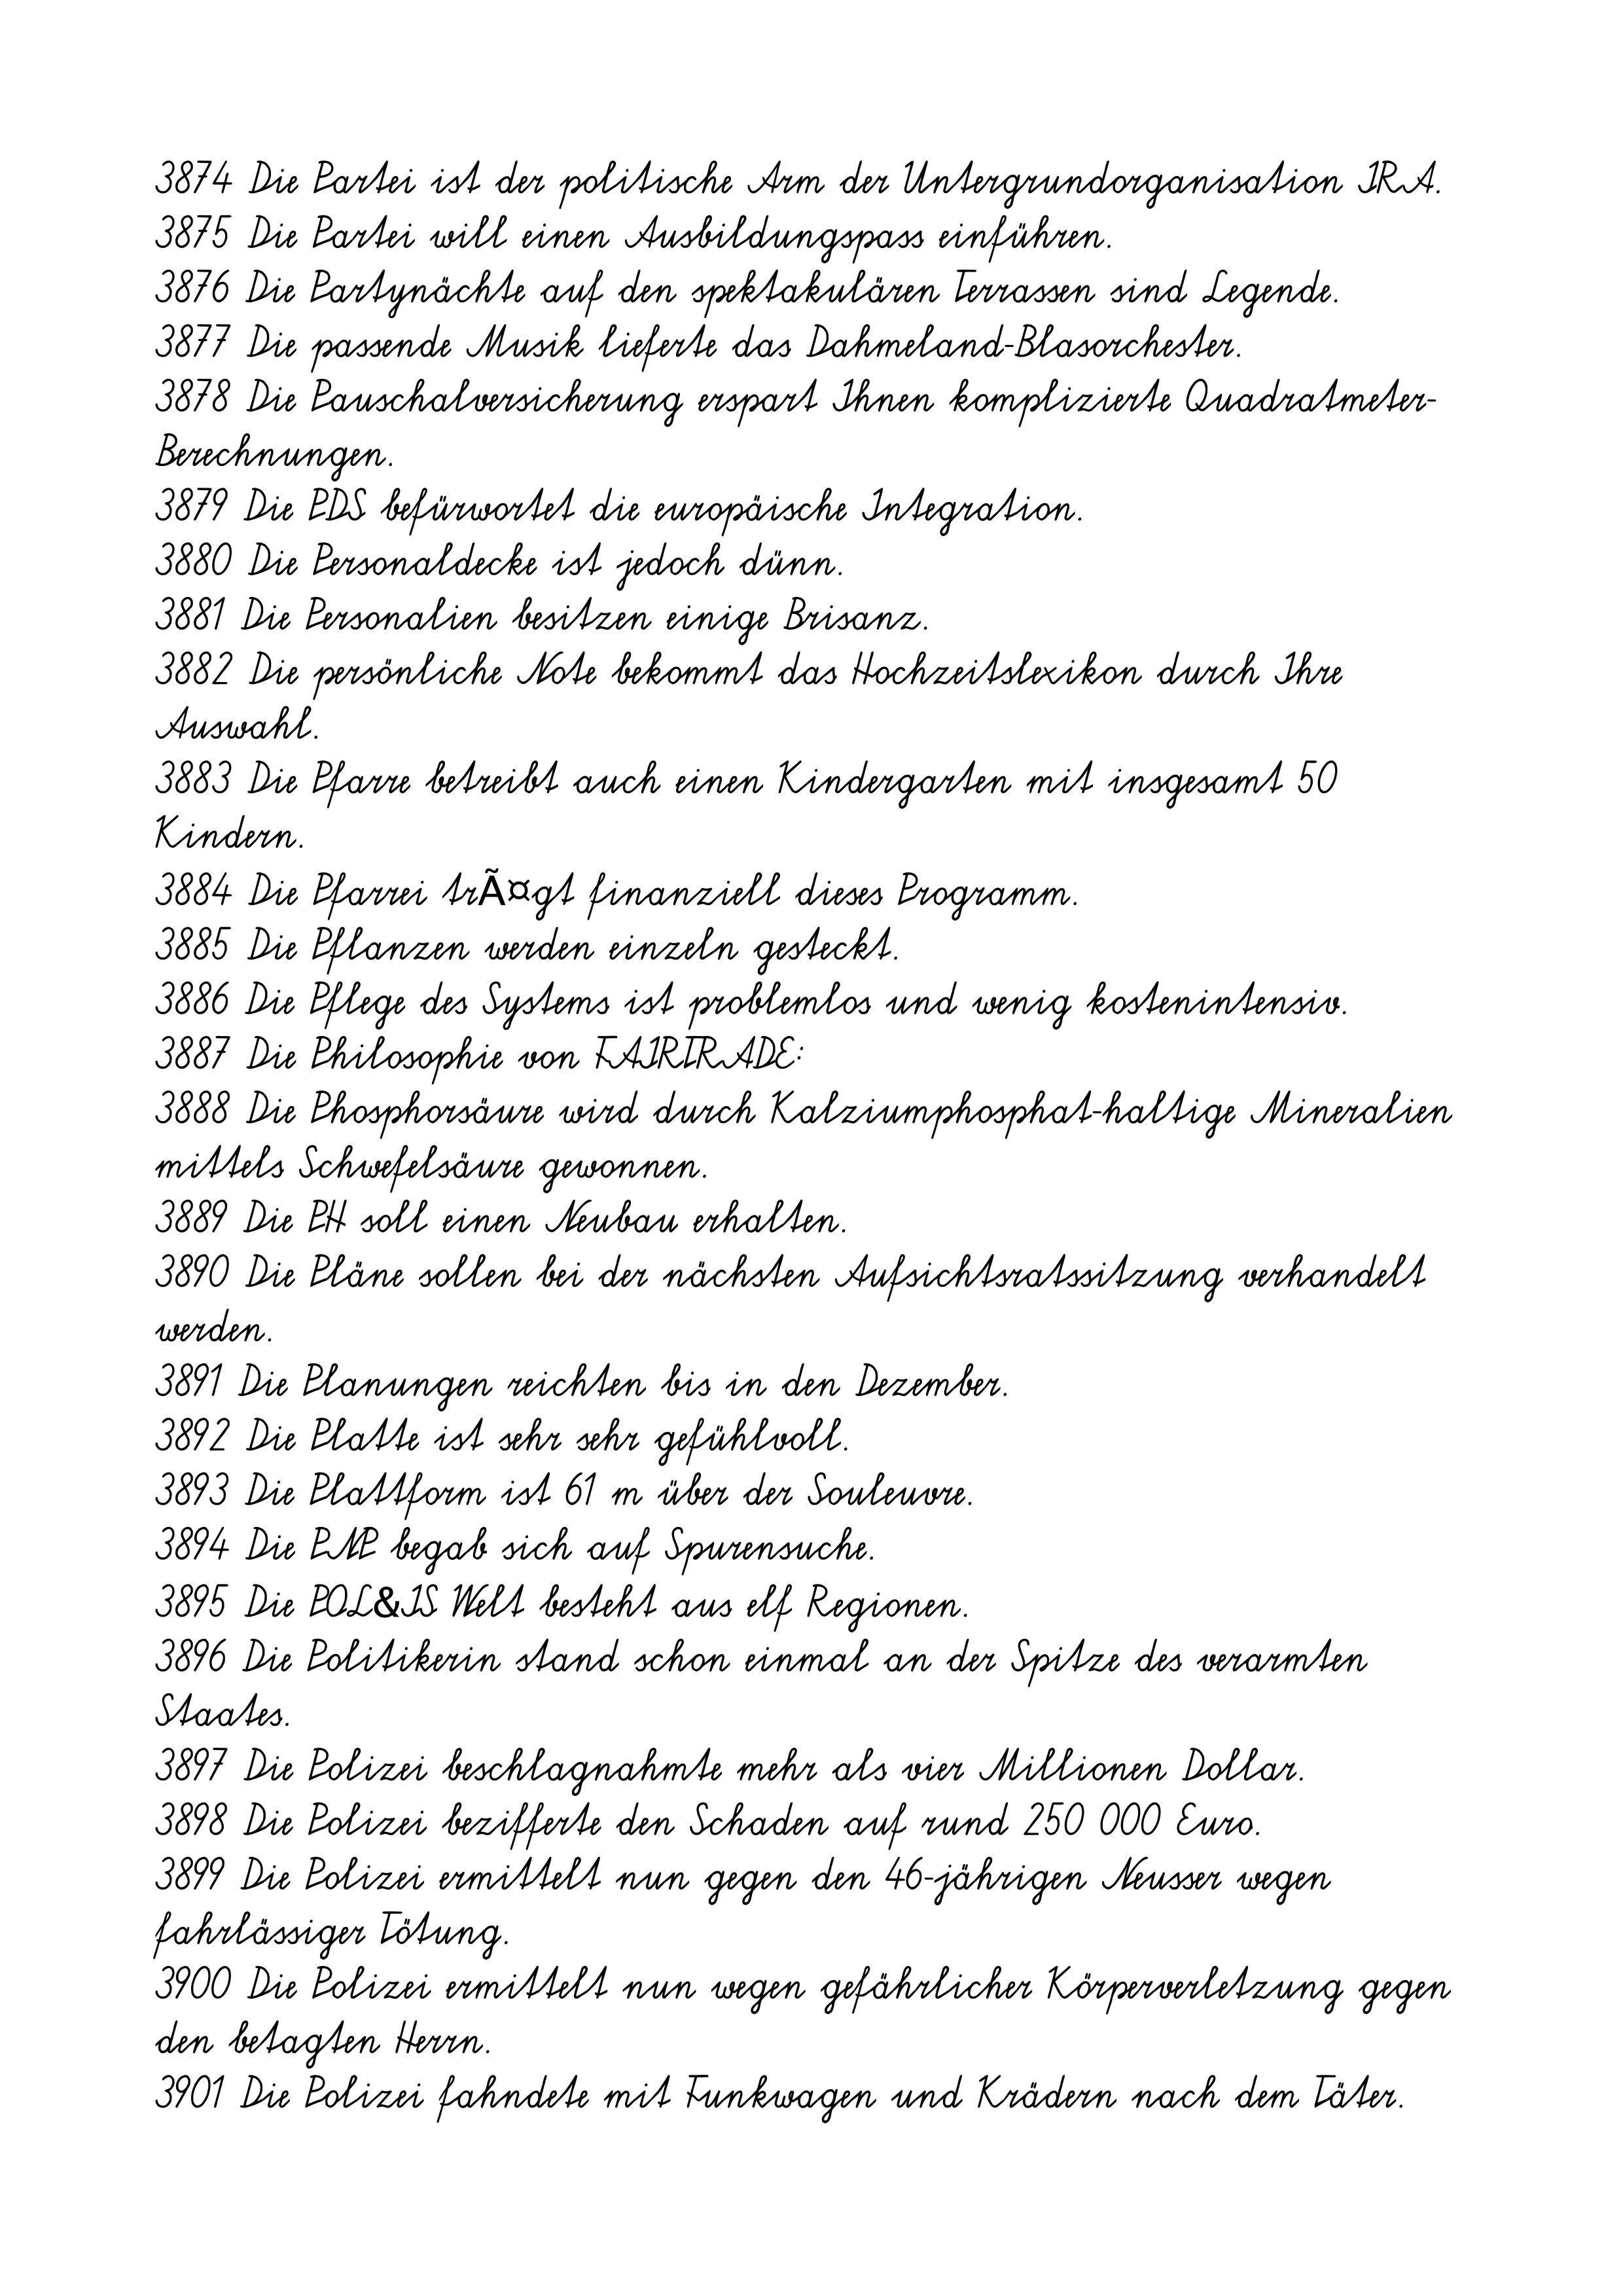
3874 Die Partei ist der politische Arm der Untergrundorganisation IRA.
3875 Die Partei will einen Ausbildungspass einführen.
3876 Die Partynächte auf den spektakulären Terrassen sind Legende.
3877 Die passende Musik lieferte das Dahmeland-Blasorchester.
3878 Die Pauschalversicherung erspart Ihnen komplizierte Quadratmeter-
Berechnungen.
3879 Die PDS befürwortet die europäische Integration.
3880 Die Personaldecke ist jedoch dünn.
3881 Die Personalien besitzen einige Brisanz.
3882 Die persönliche Note bekommt das Hochzeitslexikon durch Ihre
Auswahl.
3883 Die Pfarre betreibt auch einen Kindergarten mit insgesamt 50
Kindern.
3884 Die Pfarrei trÃ¤gt finanziell dieses Programm.
3885 Die Pflanzen werden einzeln gesteckt.
3886 Die Pflege des Systems ist problemlos und wenig kostenintensiv.
3887 Die Philosophie von FAIRTRADE:
3888 Die Phosphorsäure wird durch Kalziumphosphat-haltige Mineralien
mittels Schwefelsäure gewonnen.
3889 Die PH soll einen Neubau erhalten.
3890 Die Pläne sollen bei der nächsten Aufsichtsratssitzung verhandelt
werden.
3891 Die Planungen reichten bis in den Dezember.
3892 Die Platte ist sehr sehr gefühlvoll.
3893 Die Plattform ist 61 m über der Souleuvre.
3894 Die PNP begab sich auf Spurensuche.
3895 Die POL&IS Welt besteht aus elf Regionen.
3896 Die Politikerin stand schon einmal an der Spitze des verarmten
Staates.
3897 Die Polizei beschlagnahmte mehr als vier Millionen Dollar.
3898 Die Polizei bezifferte den Schaden auf rund 250 000 Euro.
3899 Die Polizei ermittelt nun gegen den 46-jährigen Neusser wegen
fahrlässiger Tötung.
3900 Die Polizei ermittelt nun wegen gefährlicher Körperverletzung gegen
den betagten Herrn.
3901 Die Polizei fahndete mit Funkwagen und Krädern nach dem Täter.